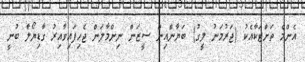
އެންމެ ތަށްޓަކާއެކު (ޖަރުމަނު ލީގު) ބަޔާންއިން ސީޒަން ނިންމާލަން ޖެހިފައިވާއިރު ގާޑިޔޯލާ ބުނީ